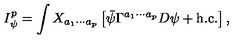
I _ { \psi } ^ { p } = \int X _ { a _ { 1 } \cdots a _ { p } } \left[ \bar { \psi } \Gamma ^ { a _ { 1 } \cdots a _ { p } } D \psi + \mathrm { h . c . } \right] ,